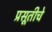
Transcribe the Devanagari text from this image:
प्रसूतीचे